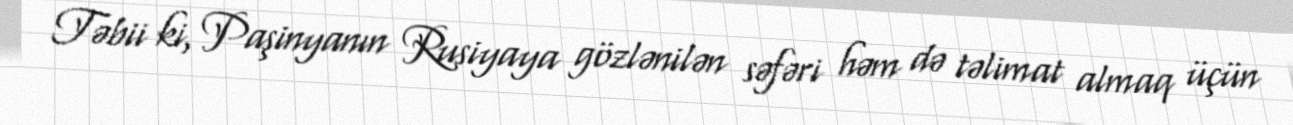
Təbii ki, Paşinyanın Rusiyaya gözlənilən səfəri həm də təlimat almaq üçün